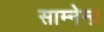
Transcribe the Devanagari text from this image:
साम्नेन्द्र